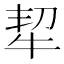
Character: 㸷